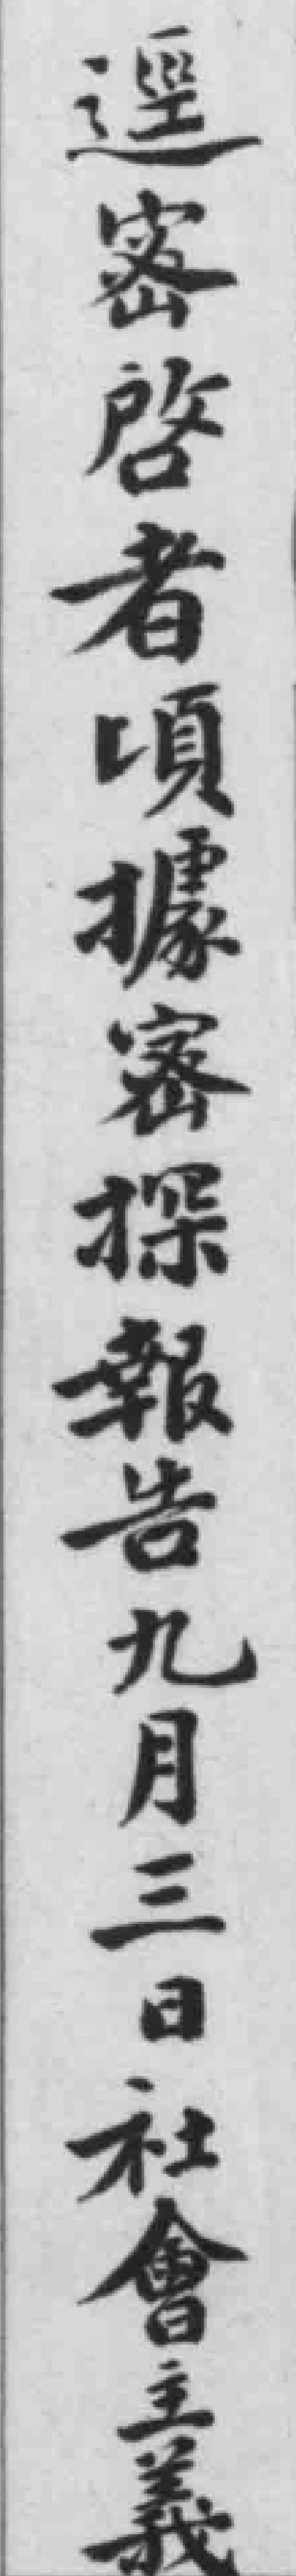
逕密啓者頃據密探報告九月三日社會主義